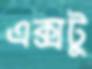
এক্সটু